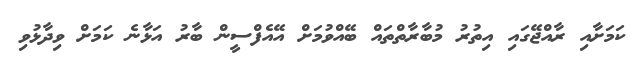
ކަމަށާއި ރާއްޖޭގައި އިތުރު މުބާރާތްތައް ބޭއްވުމަށް އޭއެފްސީން ބާރު އަޅާނެ ކަމަށް ވިދާޅުވި